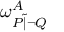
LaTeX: \omega _ { P { \widetilde { | } } \lnot Q } ^ { A }